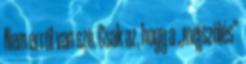
Nem erről van szó. Csak az, hogy a „mejszölés”